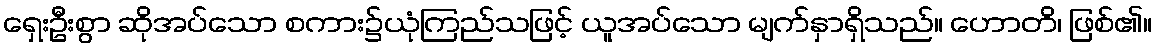
ရှေးဦးစွာ ဆိုအပ်သော စကား၌ယုံကြည်သဖြင့် ယူအပ်သော မျက်နှာရှိသည်။ ဟောတိ၊ ဖြစ်၏။